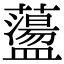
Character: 蘯